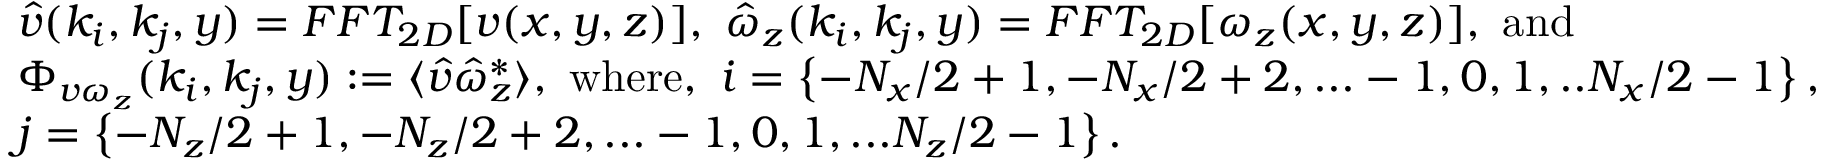
\begin{array} { r l } & { \hat { v } ( k _ { i } , k _ { j } , y ) = F F T _ { 2 D } [ v ( x , y , z ) ] , \ \hat { \omega } _ { z } ( k _ { i } , k _ { j } , y ) = F F T _ { 2 D } [ \omega _ { z } ( x , y , z ) ] , \ \mathrm { a n d } } \\ & { \Phi _ { v \omega _ { z } } ( k _ { i } , k _ { j } , y ) : = \langle \hat { v } \hat { \omega } _ { z } ^ { * } \rangle , \ \mathrm { w h e r e } , \ i = \left\{ - { N _ { x } } / { 2 } + 1 , - { N _ { x } } / { 2 } + 2 , . . . - 1 , 0 , 1 , . . { N _ { x } } / { 2 } - 1 \right\} , } \\ & { j = \left\{ - { N _ { z } } / { 2 } + 1 , - { N _ { z } } / { 2 } + 2 , . . . - 1 , 0 , 1 , . . . { N _ { z } } / { 2 } - 1 \right\} . } \end{array}